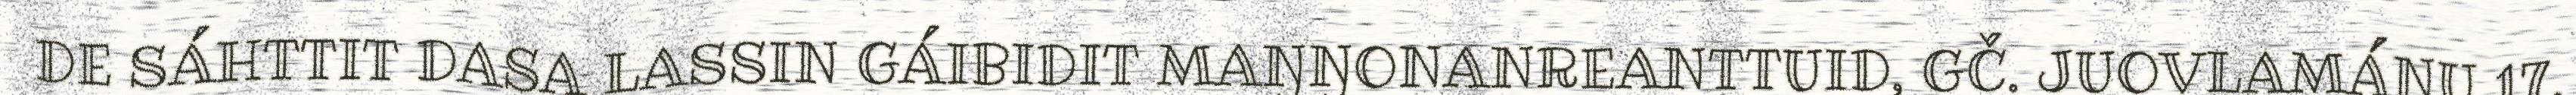
DE SÁHTTIT DASA LASSIN GÁIBIDIT MAŊŊONANREANTTUID, GČ. JUOVLAMÁNU 17.